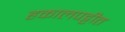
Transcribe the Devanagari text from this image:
हकालपट्टीत